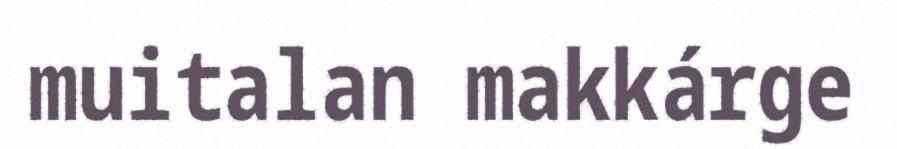
muitalan makkárge